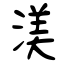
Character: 渼